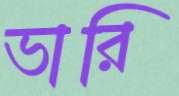
ভারি